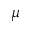
\mu